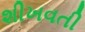
શીખવતી